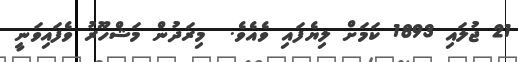
21 ޖުލައި 1893 ކަމަށް ލިޔެފައި ވެއެވެ.  މިރަދުން މަޝްހޫރު ވެފައިވަނީ